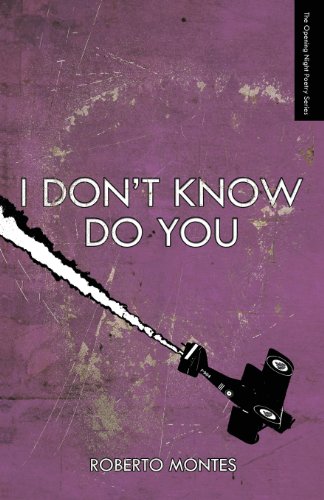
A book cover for I Don't Know Do You; Roberto Montes; Gay & Lesbian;